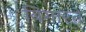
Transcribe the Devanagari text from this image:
बिगारते